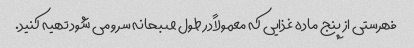
فهرستی از پنج ماده غذایی که معمولاً در طول صبحانه سرو می شود تهیه کنید.